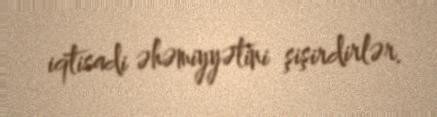
iqtisadi əhəmiyyətini şişirdirlər.